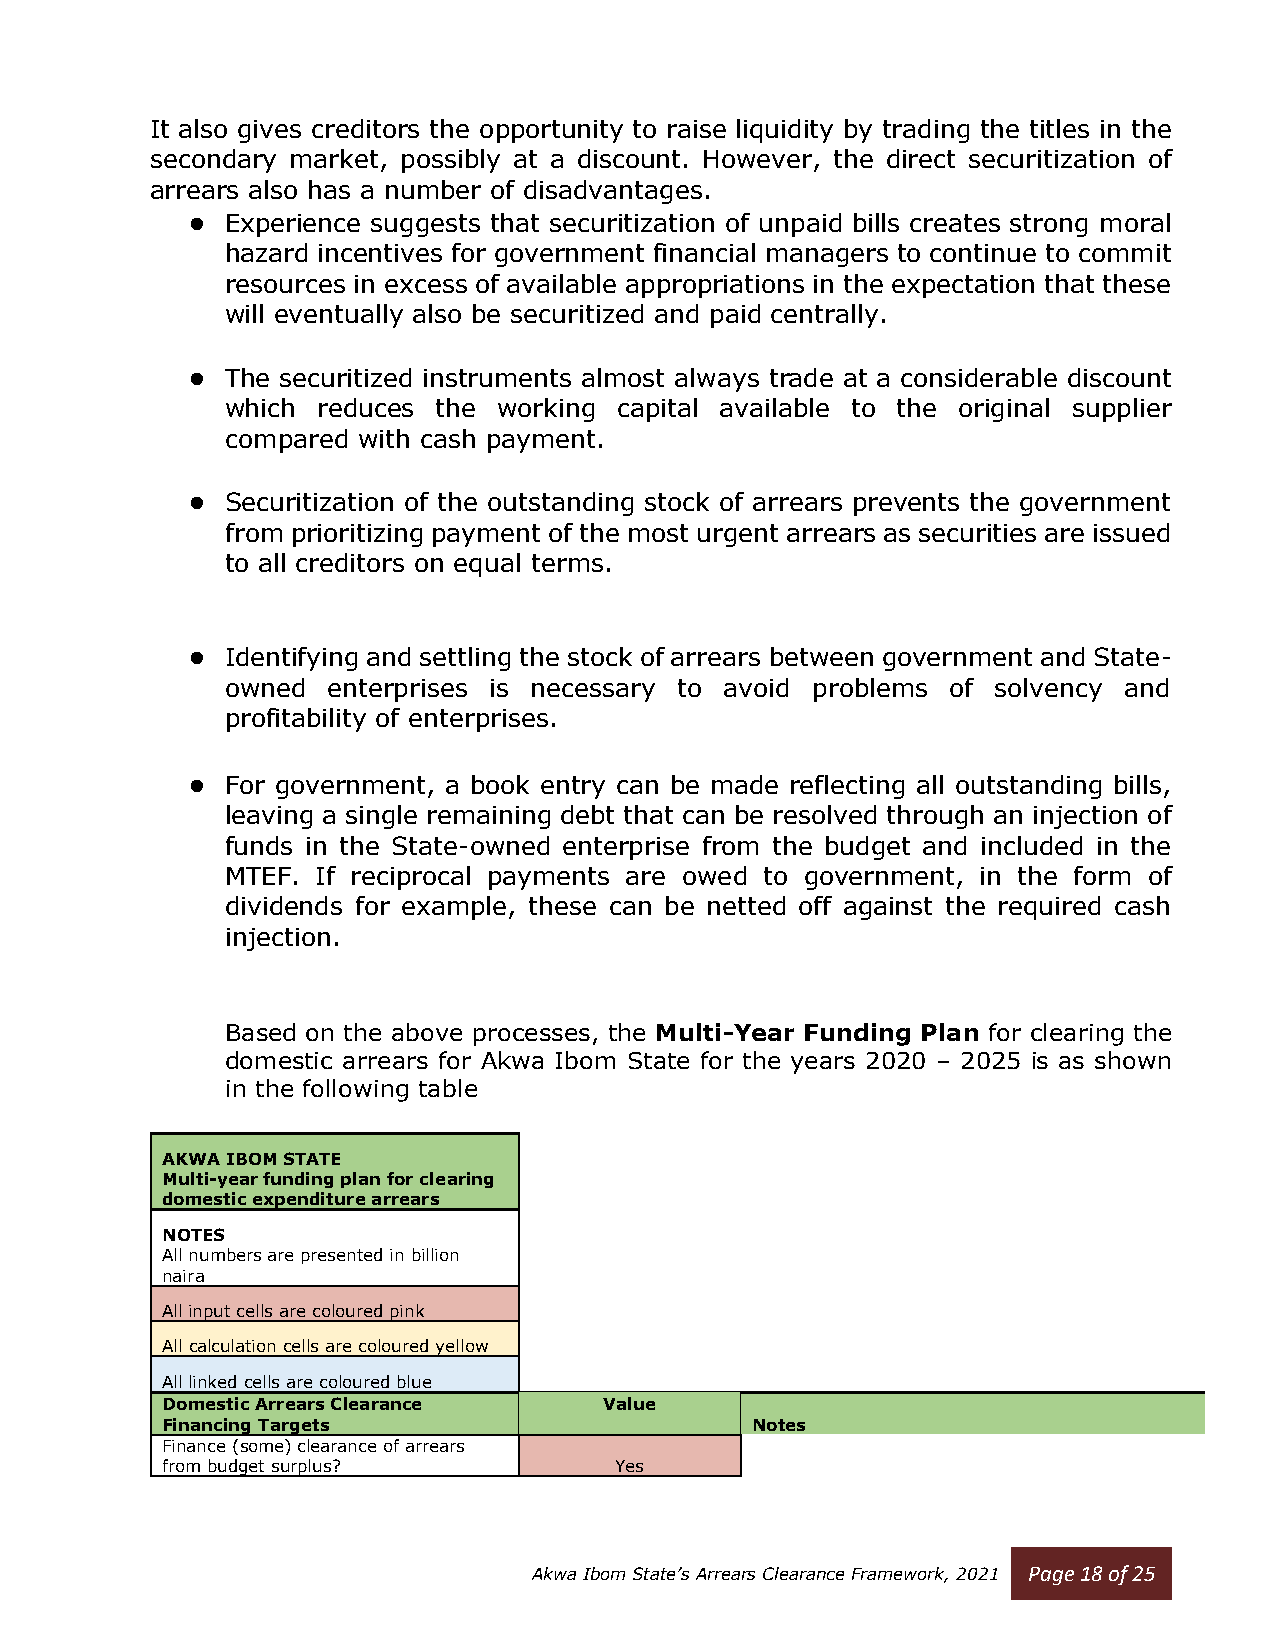
It also gives creditors the opportunity to raise liquidity by trading the titles in the
 secondary market, possibly at a discount. However, the direct securitization of
 arrears also has a number of disadvantages.
 •  Experience suggests that securitization of unpaid bills creates strong moral
 hazard incentives for government financial managers to continue to commit
 resources in excess of available appropriations in the expectation that these
 will eventually also be securitized and paid centrally.
 •  The securitized instruments almost always trade at a considerable discount
 which reduces the working capital available to the original supplier
 compared with cash payment.
 •  Securitization of the outstanding stock of arrears prevents the government
 from prioritizing payment of the most urgent arrears as securities are issued
 to all creditors on equal terms.
 •  Identifying and settling the stock of arrears between government and State-
 owned  enterprises is necessary to avoid problems of solvency and
 profitability of enterprises.
 •  For government, a book entry can be made reflecting all outstanding bills,
 leaving a single remaining debt that can be resolved through an injection of
 funds in the State-owned enterprise from the budget and included in the
 MTEF. If reciprocal payments are owed to government, in the form of
 dividends for example, these can be netted off against the required cash
 injection.
 Based on the above processes, the Multi-Year Funding Plan for clearing the
 domestic arrears for Akwa Ibom State for the years 2020 – 2025 is as shown
 in the following table
 AKWA IBOM STATE
 Multi-year funding plan for clearing
 domestic expenditure arrears
 NOTES
 All numbers are presented in billion
 naira
 All input cells are coloured pink
 All calculation cells are coloured yellow
 All linked cells are coloured blue
 Domestic Arrears Clearance   Value
 Financing Targets                      Notes
 Finance (some) clearance of arrears
 from budget surplus?          Yes
 Akwa Ibom State’s Arrears Clearance Framework, 2021 Page 18 of 25